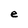
Character: e